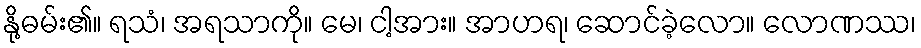
နို့ဓမ်း၏။ ရသံ၊ အရသာကို။ မေ၊ ငါ့အား။ အာဟရ၊ ဆောင်ခဲ့လော။ လောဏဿ၊